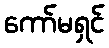
ကော်မရှင်